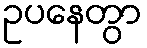
ဥပနေတွာ